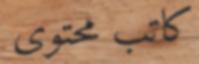
كاتب محتوى